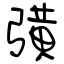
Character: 彉